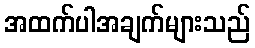
အထက်ပါအချက်များသည်